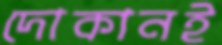
দোকানই